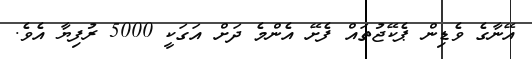
އޭނާގެ ވެޑިން ޕެކޭޖުތައް ފެށޭ އެންމެ ދަށް އަގަކީ 5000 ރުފިޔާ އެވެ.